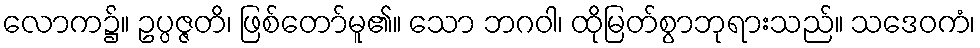
လောက၌။ ဥပ္ပဇ္ဇတိ၊ ဖြစ်တော်မူ၏။ သော ဘဂဝါ၊ ထိုမြတ်စွာဘုရားသည်။ သဒေဝကံ၊